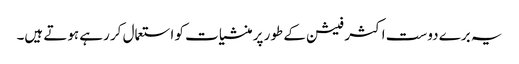
یہ برے دوست اکثر فیشن کے طور پر منشیات کو استعمال کر رہے ہوتے ہیں۔